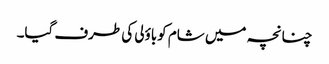
چنانچہ میں شام کوباؤلی کی طرف گیا۔